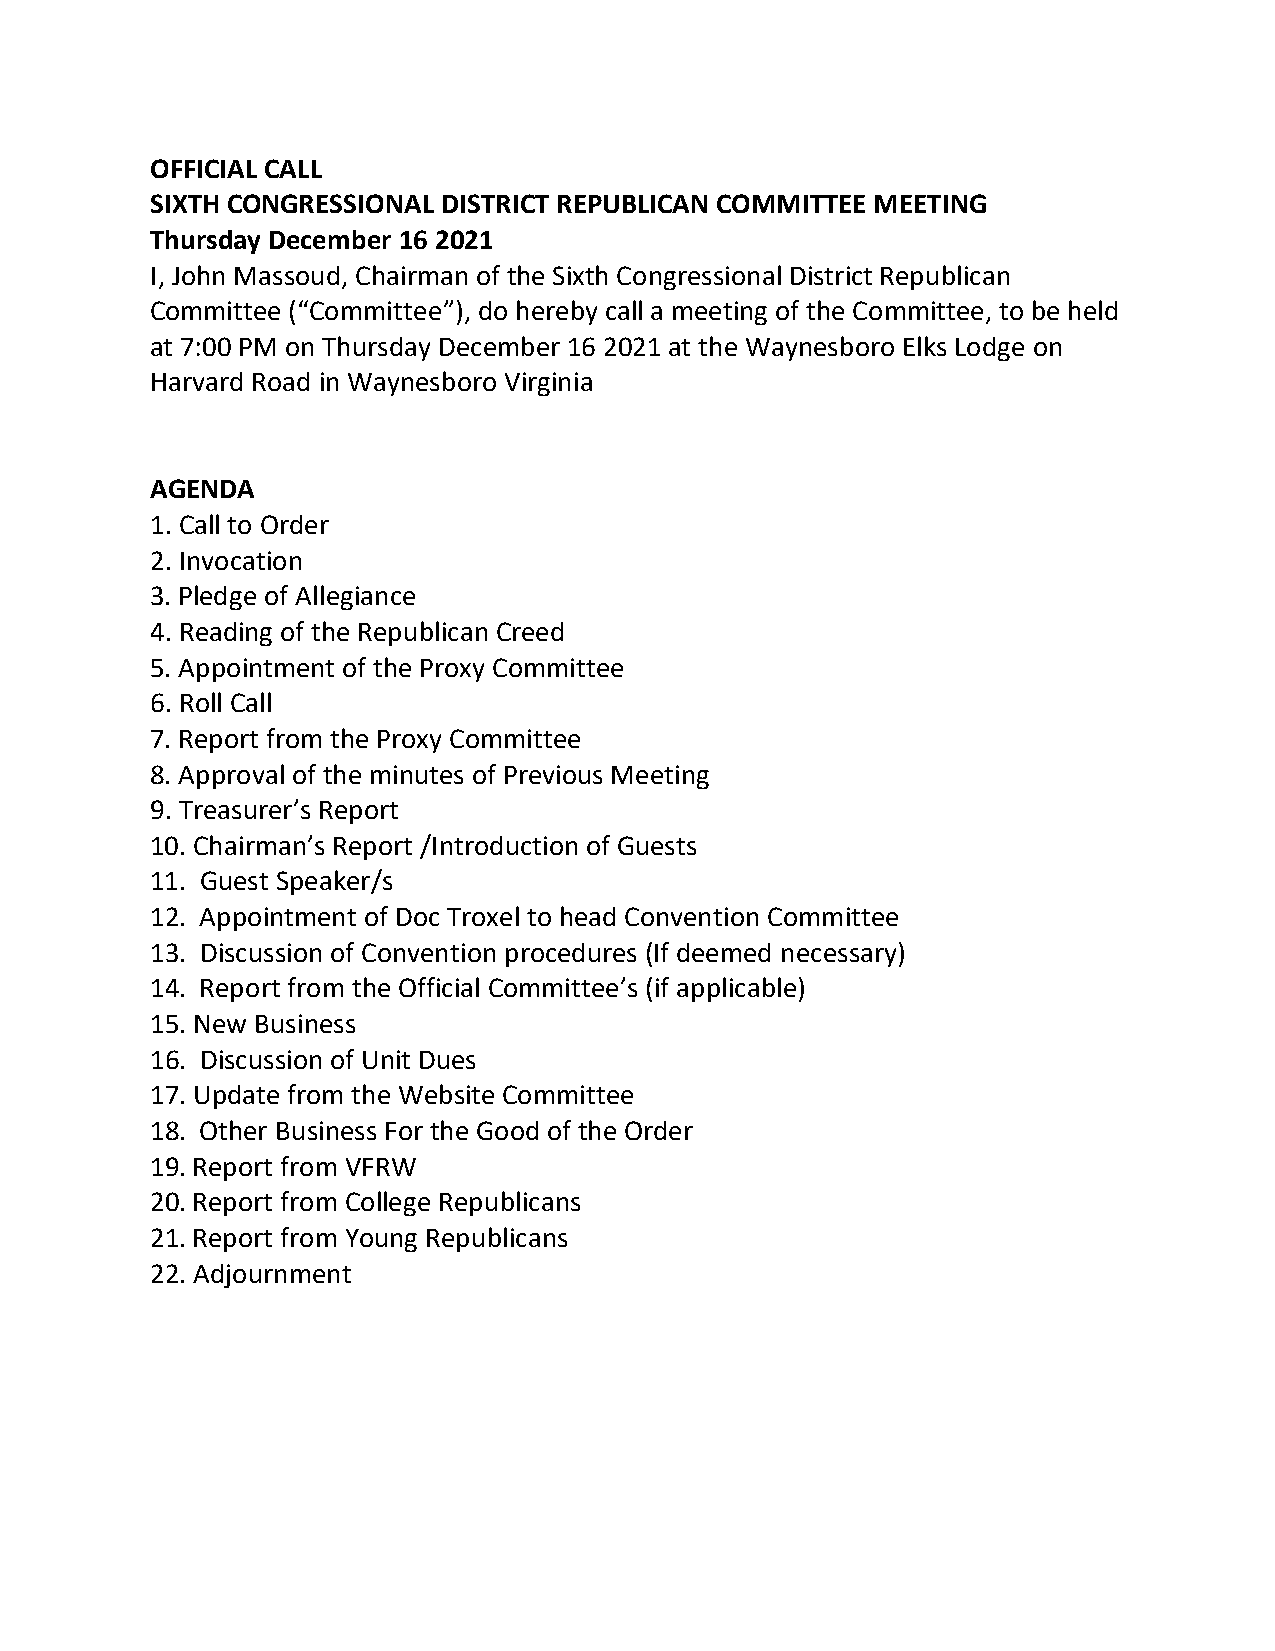
OFFICIAL CALL
 SIXTH CONGRESSIONAL DISTRICT REPUBLICAN COMMITTEE MEETING
 Thursday December 16 2021
 I, John Massoud, Chairman of the Sixth Congressional District Republican
 Committee (“Committee”), do hereby call a meeting of the Committee, to be held
 at 7:00 PM on Thursday December 16 2021 at the Waynesboro Elks Lodge on
 Harvard Road in Waynesboro Virginia
 AGENDA
 1. Call to Order
 2. Invocation
 3. Pledge of Allegiance
 4. Reading of the Republican Creed
 5. Appointment of the Proxy Committee
 6. Roll Call
 7. Report from the Proxy Committee
 8. Approval of the minutes of Previous Meeting
 9. Treasurer’s Report
 10. Chairman’s Report /Introduction of Guests
 11. Guest Speaker/s
 12. Appointment of Doc Troxel to head Convention Committee
 13. Discussion of Convention procedures (If deemed necessary)
 14. Report from the Official Committee’s (if applicable)
 15. New Business
 16. Discussion of Unit Dues
 17. Update from the Website Committee
 18. Other Business For the Good of the Order
 19. Report from VFRW
 20. Report from College Republicans
 21. Report from Young Republicans
 22. Adjournment